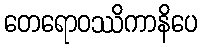
တေရောဝဿိကာနိပေ